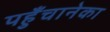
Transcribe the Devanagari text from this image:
पहुँचानेका